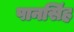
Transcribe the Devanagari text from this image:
पानसिंह